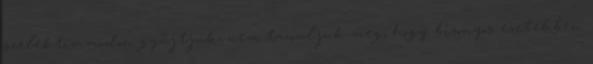
szelektív módon gyűjtjük, nem tanuljuk meg, hogy bizonyos esetekben